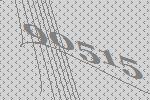
90515